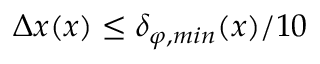
\Delta x ( x ) \leq \delta _ { \varphi , m i n } ( x ) / 1 0